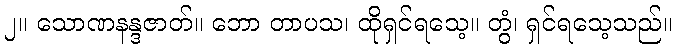
၂။ သောဏနန္ဒဇာတ်။ ဘော တာပသ၊ ထိုရှင်ရသေ့။ တွံ၊ ရှင်ရသေ့သည်။